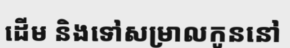
ដើម និងទៅសម្រាលកូននៅ